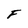
Character: F